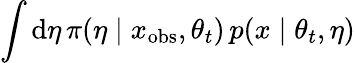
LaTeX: \int\mathrm d\eta\, \pi(\eta\mid x_{\mathrm{obs}},\theta_{t})\, p(x\mid\theta_{t},\eta)